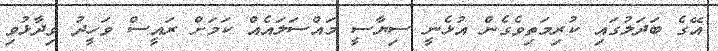
އޭގެ ބަދަލުގައި ކުރިމަތިވެގެން އުޅެނީ ސިޔާސީ މައްސަލައެއް ކަމަށް ރައީސް ވަހީދު ވިދާޅުވި